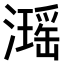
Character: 𤁓